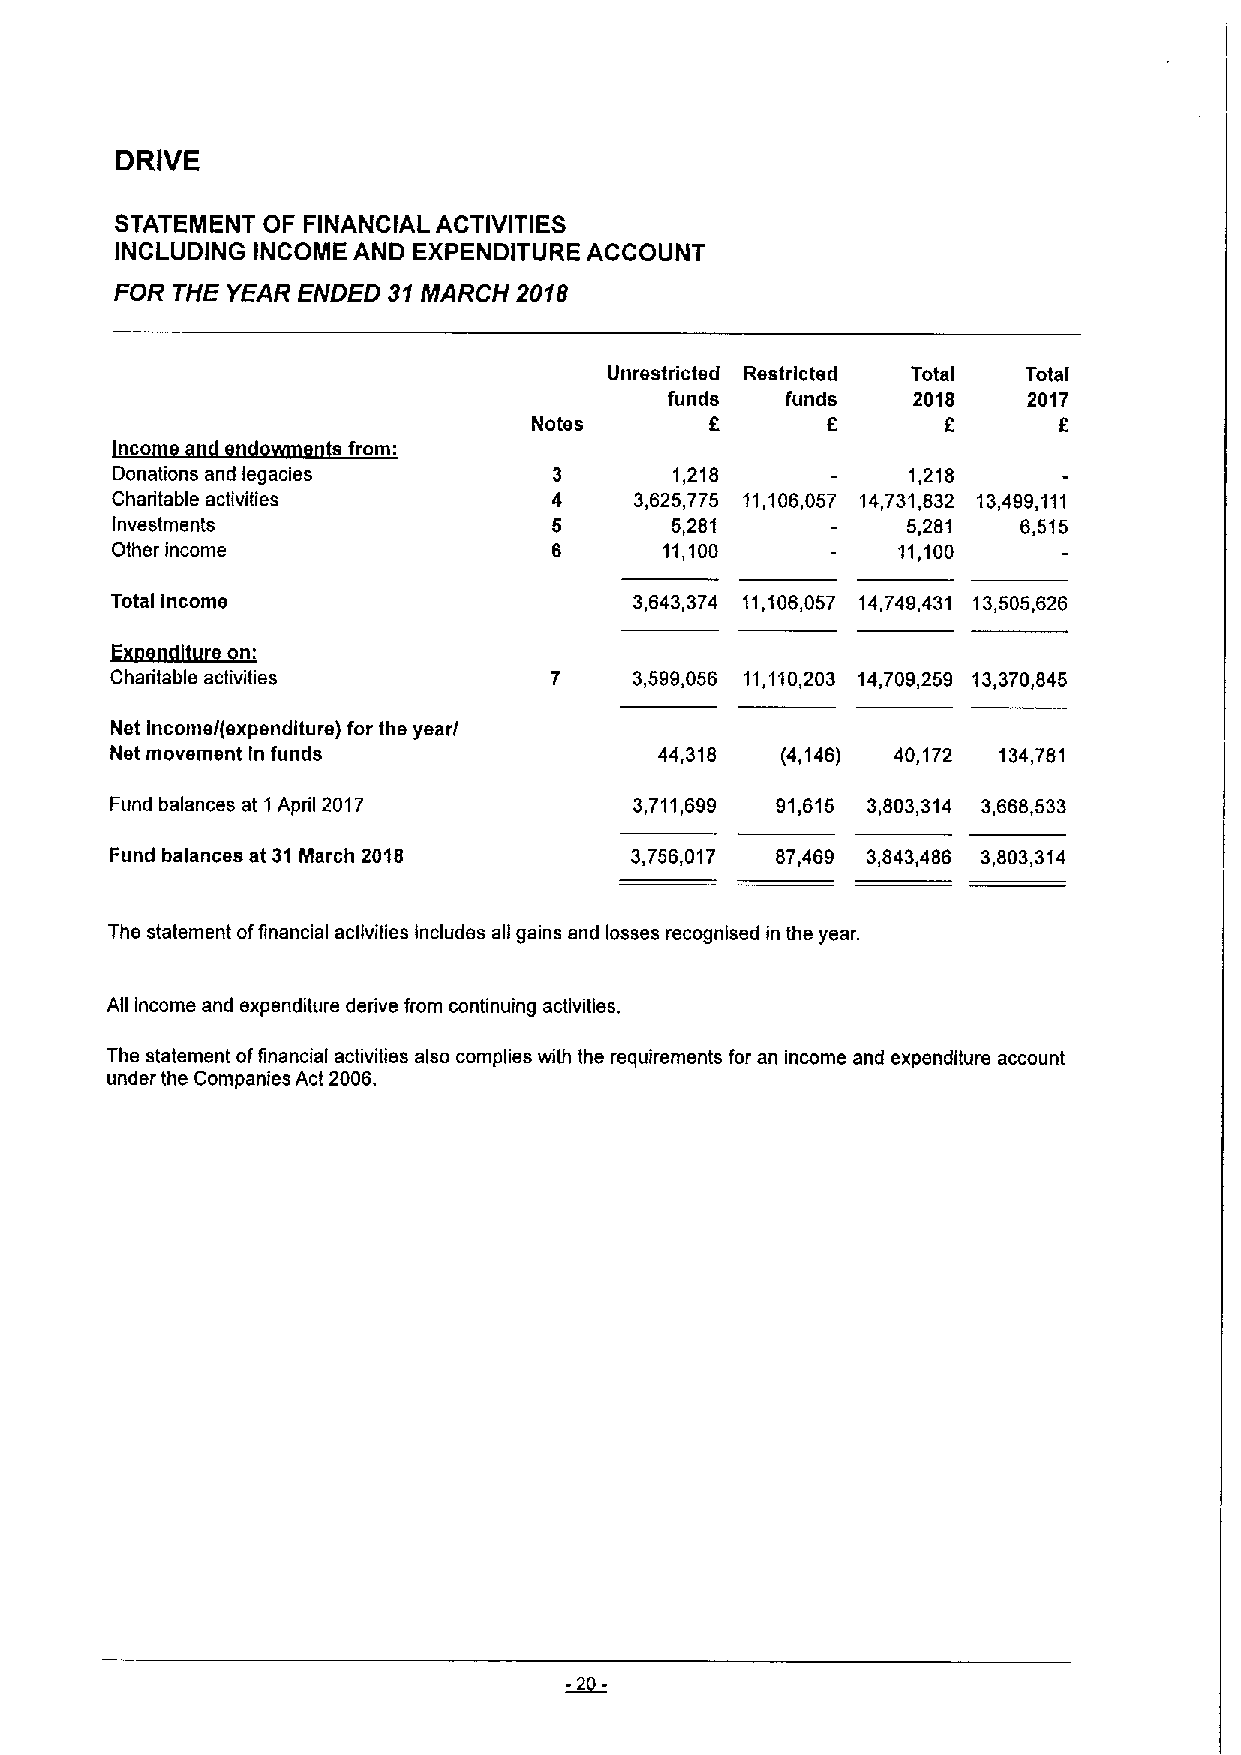
DRIVE
 STATEMENT OF FINANCIAL ACTIVITIES
 INCLUDING INCOME AND EXPENDITURE ACCOUNT
 FOR THE YEAR ENDED 31MARCH 2018
 Unrestricted Restricted Total Total
 funds   funds   2018    2017
 f       f              f
 Notes
 from
 Donations and legacies        3       1,218          1,218
 Charitable activities         4    3,625,775 11,106,057 14,731,832 13,499,111
 Investments                   5      5,281           5,281   6,515
 Other income                  6      11,100         11,100
 Total Income                       3,643,374 11,106,057 14,749,431 13,505,626
 E5ggittiiIgt~n:
 Charitable activities        7     3,599,056 11,110,203 14,709,259 13,370,845
 Net Income/(expenditure) for the year/
 Net movement In funds                44,318  (4,146) 40,172 134,781
 Fund balances at 1April 2017       3,711,699 91,615 3,803,314 3,668,533
 Fund balances at 31March 2018      3,756,017 87,469 3,843,486 3,803,314
 The statement offinancial activities includes all gains and losses recognised in the year.
 All income and expenditure derive from continuing activities.
 The statement offinancial activities also complies with the requirements for an income and expenditure account
 under the Companies Act 2006.